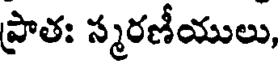
ప్రాతః స్మరణీయులు,